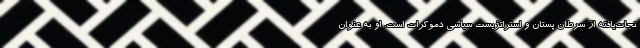
نجات‌یافته از سرطان پستان و استراتژیست سیاسی دموکرات است. او به عنوان